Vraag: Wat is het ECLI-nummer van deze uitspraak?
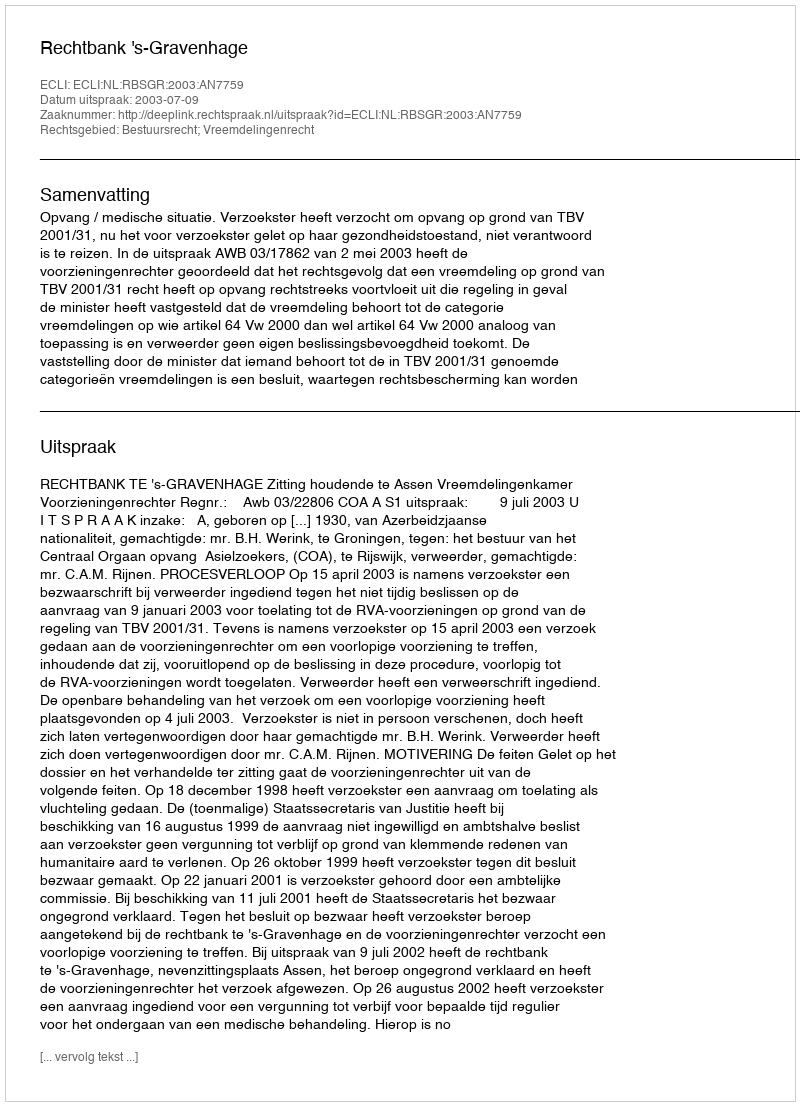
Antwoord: ECLI:NL:RBSGR:2003:AN7759